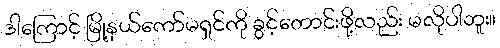
ဒါကြောင့် မြို့နယ်ကော်မရှင်ကို ခွင့်တောင်းဖို့လည်း မလိုပါဘူး။